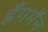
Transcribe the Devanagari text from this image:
हँगमॅन